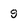
Character: 9